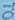
TO